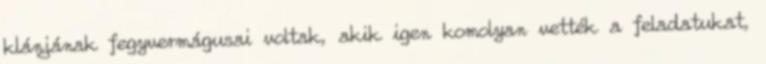
klánjának fegyvermágusai voltak, akik igen komolyan vették a feladatukat,